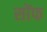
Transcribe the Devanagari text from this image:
सोंफ